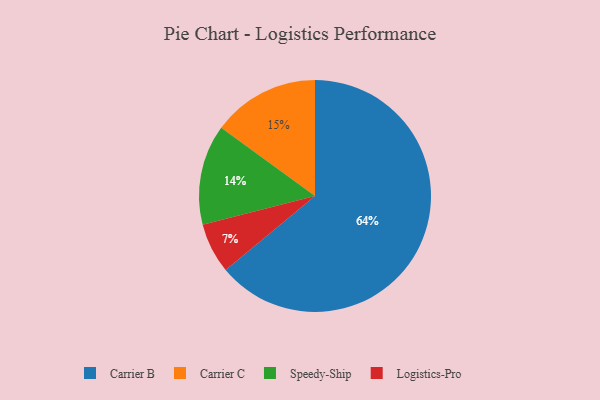
{"axis": {"x": "Category", "y": "Percentage"}, "legend": ["Carrier B", "Carrier C", "Logistics-Pro", "Speedy-Ship"], "data": [{"x": "Carrier B", "y": 64, "type": "Carrier B"}, {"x": "Carrier C", "y": 15, "type": "Carrier C"}, {"x": "Speedy-Ship", "y": 14, "type": "Speedy-Ship"}, {"x": "Logistics-Pro", "y": 7, "type": "Logistics-Pro"}]}